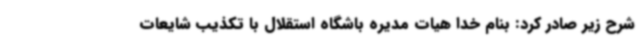
شرح زیر صادر کرد: بنام خدا هیات مدیره باشگاه استقلال با تکذیب شایعات